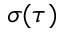
\sigma ( \tau )